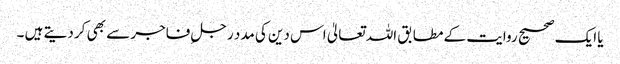
یا ایک صحیح روایت کے مطابق اللہ تعالیٰ اس دین کی مدد رجلِ فاجر سے بھی کر دیتے ہیں ۔